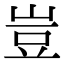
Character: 豈